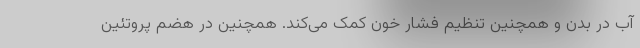
آب در بدن و همچنین تنظیم فشار خون کمک می‌کند. همچنین در هضم پروتئین